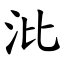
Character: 沘